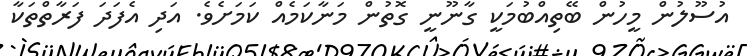
އުސޫލުން މީހުން ބޭތިއްބުމަކީ ގާނޫނީ ގޮތުން މަނާކަމެއް ކަމަށެވެ. އަދި އެފަދަ ފަރާތްތަކާ